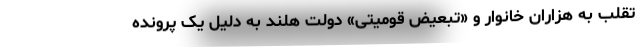
تقلب به هزاران خانوار و «تبعیض قومیتی» دولت هلند به دلیل یک پرونده